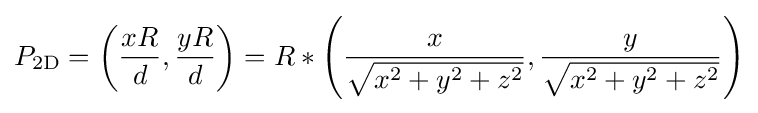
P_{\mathrm {2D} }=\left({\frac {xR}{d}},{\frac {yR}{d}}\right)=R*\left({\frac {x}{\sqrt {x^{2}+y^{2}+z^{2}}}},{\frac {y}{\sqrt {x^{2}+y^{2}+z^{2}}}}\right)